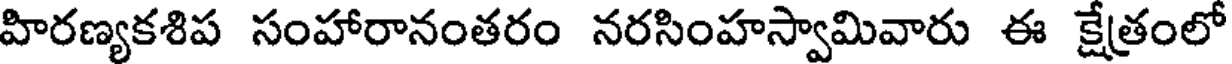
హిరణ్యకశిప సంహారానంతరం నరసింహస్వామివారు ఈ క్షేత్రంలో